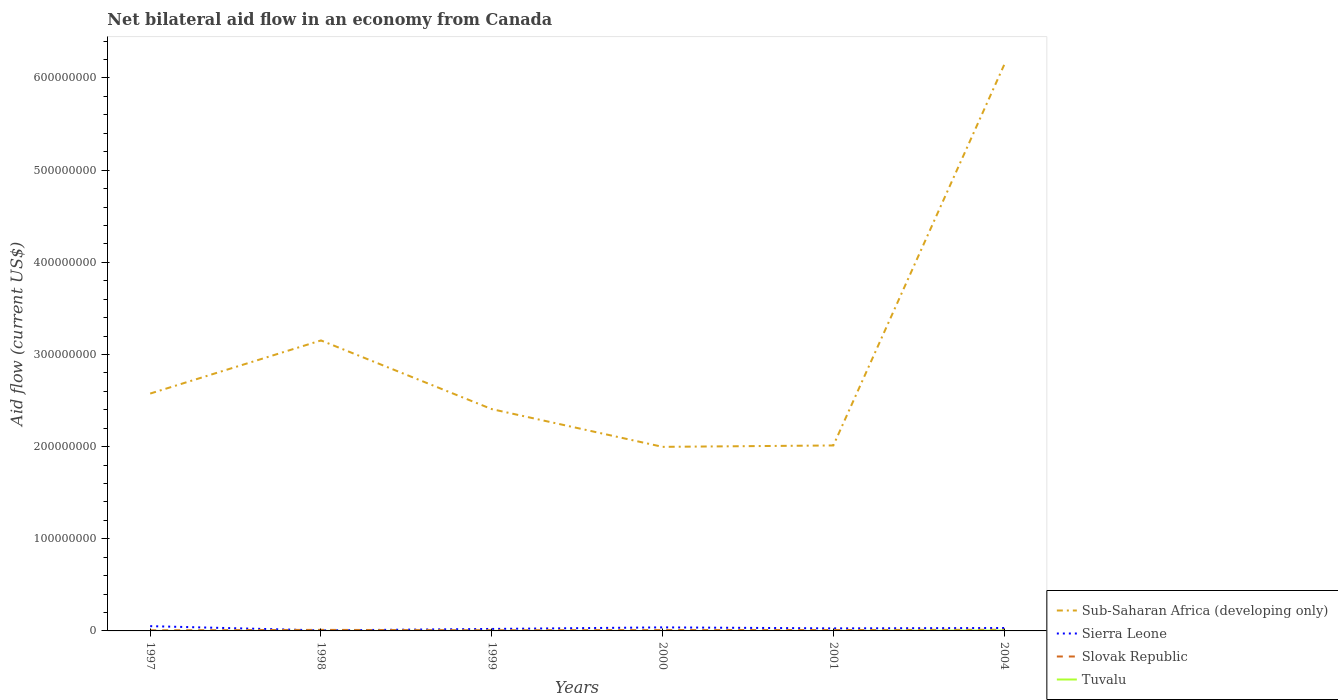
| Years | Sub-Saharan Africa (developing only) | Sierra Leone | Slovak Republic | Tuvalu |
 | --- | --- | --- | --- | --- |
 | 1997 | 2.58e+08 | 5.18e+06 | 6.2e+05 | 1e+04 |
 | 1998 | 3.15e+08 | 5.8e+05 | 1.13e+06 | 2e+04 |
 | 1999 | 2.41e+08 | 2.15e+06 | 7.1e+05 | 2e+04 |
 | 2000 | 2e+08 | 3.84e+06 | 9.4e+05 | 2e+04 |
 | 2001 | 2.01e+08 | 2.77e+06 | 9.6e+05 | 1e+04 |
 | 2004 | 6.14e+08 | 3.17e+06 | 1.2e+06 | 4.6e+05 |